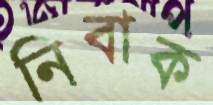
নিবাক